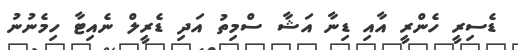
ޑެސިރީ ހެންރީ އާއި ޑިނާ އަޝާ ސްމިތު އަދި ޑެރީލް ނެއިޓާ ހިމެނުނު